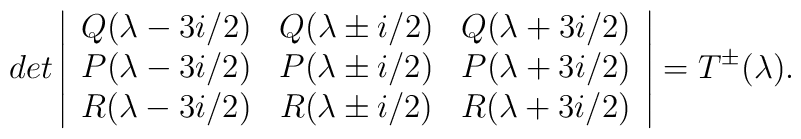
det \left|\begin{array}{ccc}Q(\lambda-3i/2)&Q(\lambda \pm i/2)&Q(\lambda+3i/2) \\P(\lambda-3i/2)&P(\lambda \pm i/2)&P(\lambda+3i/2) \\R(\lambda-3i/2)&R(\lambda \pm i/2)&R(\lambda+3i/2) \end{array}\right| = T^{\pm}(\lambda).